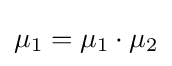
\mu _{1}=\mu _{1}\cdot \mu _{2}